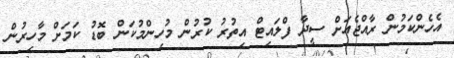
އެހެންކަމުން ރާއްޖެއަށް ސީދާ ފްލައިޓް އިތުރު ކުރުން މުހިންމުކަން ބޮޑު ކަމަށް މާހިރުން